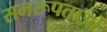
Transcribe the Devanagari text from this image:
समरूपताओं